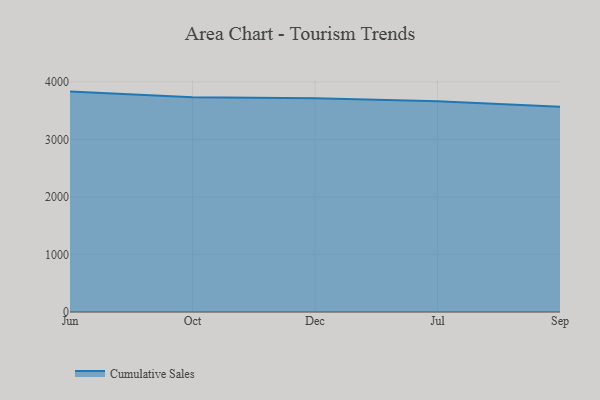
{"axis": {"x": "Month", "y": "Active Users"}, "legend": ["Cumulative Sales"], "data": [{"x": "Jun", "y": 3829.9, "type": "Cumulative Sales"}, {"x": "Oct", "y": 3733.4, "type": "Cumulative Sales"}, {"x": "Dec", "y": 3713.9, "type": "Cumulative Sales"}, {"x": "Jul", "y": 3664.3, "type": "Cumulative Sales"}, {"x": "Sep", "y": 3565.2, "type": "Cumulative Sales"}]}